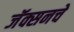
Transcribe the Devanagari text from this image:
जॅक्सनचे